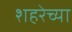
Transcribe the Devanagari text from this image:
शहरेच्या